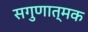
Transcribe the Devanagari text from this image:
सगुणात्मक